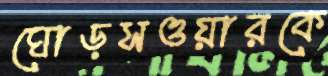
ঘোড়সওয়ারকে